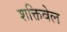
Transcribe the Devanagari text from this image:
शक्तिवेल